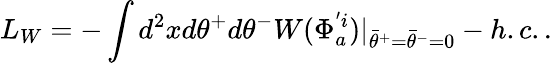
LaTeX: L_{W}=-\int d^{2}xd\theta^{+}d\theta^{-}W(\Phi_{a}^{'i})|_{{\bar{\theta}}^{+}={\bar{\theta}}^{-}=0}-h.c..